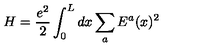
H = \frac { e ^ { 2 } } { 2 } \int _ { 0 } ^ { L } d x \sum _ { a } E ^ { a } ( x ) ^ { 2 }